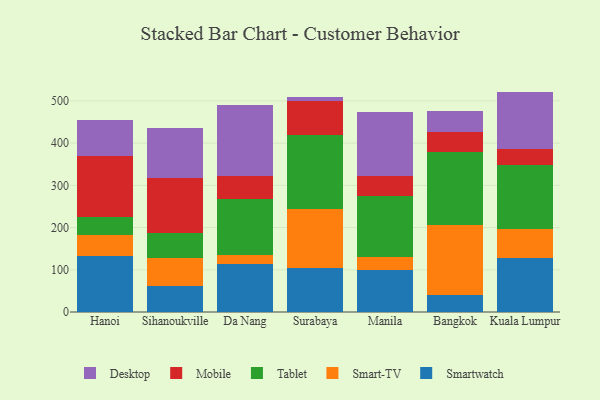
{"axis": {"x": "City", "y": "Energy Usage (MWh)"}, "legend": ["Desktop", "Mobile", "Smart-TV", "Smartwatch", "Tablet"], "data": [{"x": "Hanoi", "y": 132.2, "type": "Smartwatch"}, {"x": "Hanoi", "y": 49.8, "type": "Smart-TV"}, {"x": "Hanoi", "y": 43.9, "type": "Tablet"}, {"x": "Hanoi", "y": 142.9, "type": "Mobile"}, {"x": "Hanoi", "y": 84.8, "type": "Desktop"}, {"x": "Sihanoukville", "y": 62.2, "type": "Smartwatch"}, {"x": "Sihanoukville", "y": 64.7, "type": "Smart-TV"}, {"x": "Sihanoukville", "y": 61.2, "type": "Tablet"}, {"x": "Sihanoukville", "y": 128.3, "type": "Mobile"}, {"x": "Sihanoukville", "y": 119.8, "type": "Desktop"}, {"x": "Da Nang", "y": 114.1, "type": "Smartwatch"}, {"x": "Da Nang", "y": 20.6, "type": "Smart-TV"}, {"x": "Da Nang", "y": 132.3, "type": "Tablet"}, {"x": "Da Nang", "y": 55.5, "type": "Mobile"}, {"x": "Da Nang", "y": 168.0, "type": "Desktop"}, {"x": "Surabaya", "y": 104.4, "type": "Smartwatch"}, {"x": "Surabaya", "y": 139.3, "type": "Smart-TV"}, {"x": "Surabaya", "y": 176.7, "type": "Tablet"}, {"x": "Surabaya", "y": 79.7, "type": "Mobile"}, {"x": "Surabaya", "y": 8.4, "type": "Desktop"}, {"x": "Manila", "y": 99.0, "type": "Smartwatch"}, {"x": "Manila", "y": 30.8, "type": "Smart-TV"}, {"x": "Manila", "y": 145.8, "type": "Tablet"}, {"x": "Manila", "y": 46.1, "type": "Mobile"}, {"x": "Manila", "y": 152.9, "type": "Desktop"}, {"x": "Bangkok", "y": 40.3, "type": "Smartwatch"}, {"x": "Bangkok", "y": 166.2, "type": "Smart-TV"}, {"x": "Bangkok", "y": 173.3, "type": "Tablet"}, {"x": "Bangkok", "y": 47.2, "type": "Mobile"}, {"x": "Bangkok", "y": 49.1, "type": "Desktop"}, {"x": "Kuala Lumpur", "y": 127.9, "type": "Smartwatch"}, {"x": "Kuala Lumpur", "y": 68.6, "type": "Smart-TV"}, {"x": "Kuala Lumpur", "y": 150.9, "type": "Tablet"}, {"x": "Kuala Lumpur", "y": 38.4, "type": "Mobile"}, {"x": "Kuala Lumpur", "y": 136.2, "type": "Desktop"}]}